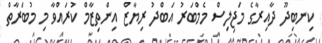
ކިނބިދޫ ދާއިރާގެ މަޖިލިސް މެމްބަރު އަބްދު ރިޔާޒް އިންތިޒާމް ކުރައްވާ މި މުބަރާތް